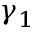
\gamma _ { 1 }